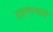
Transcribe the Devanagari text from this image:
राहणाऱ्यांचे